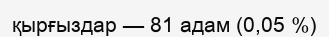
қырғыздар — 81 адам (0,05 %)